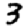
Digit: 3